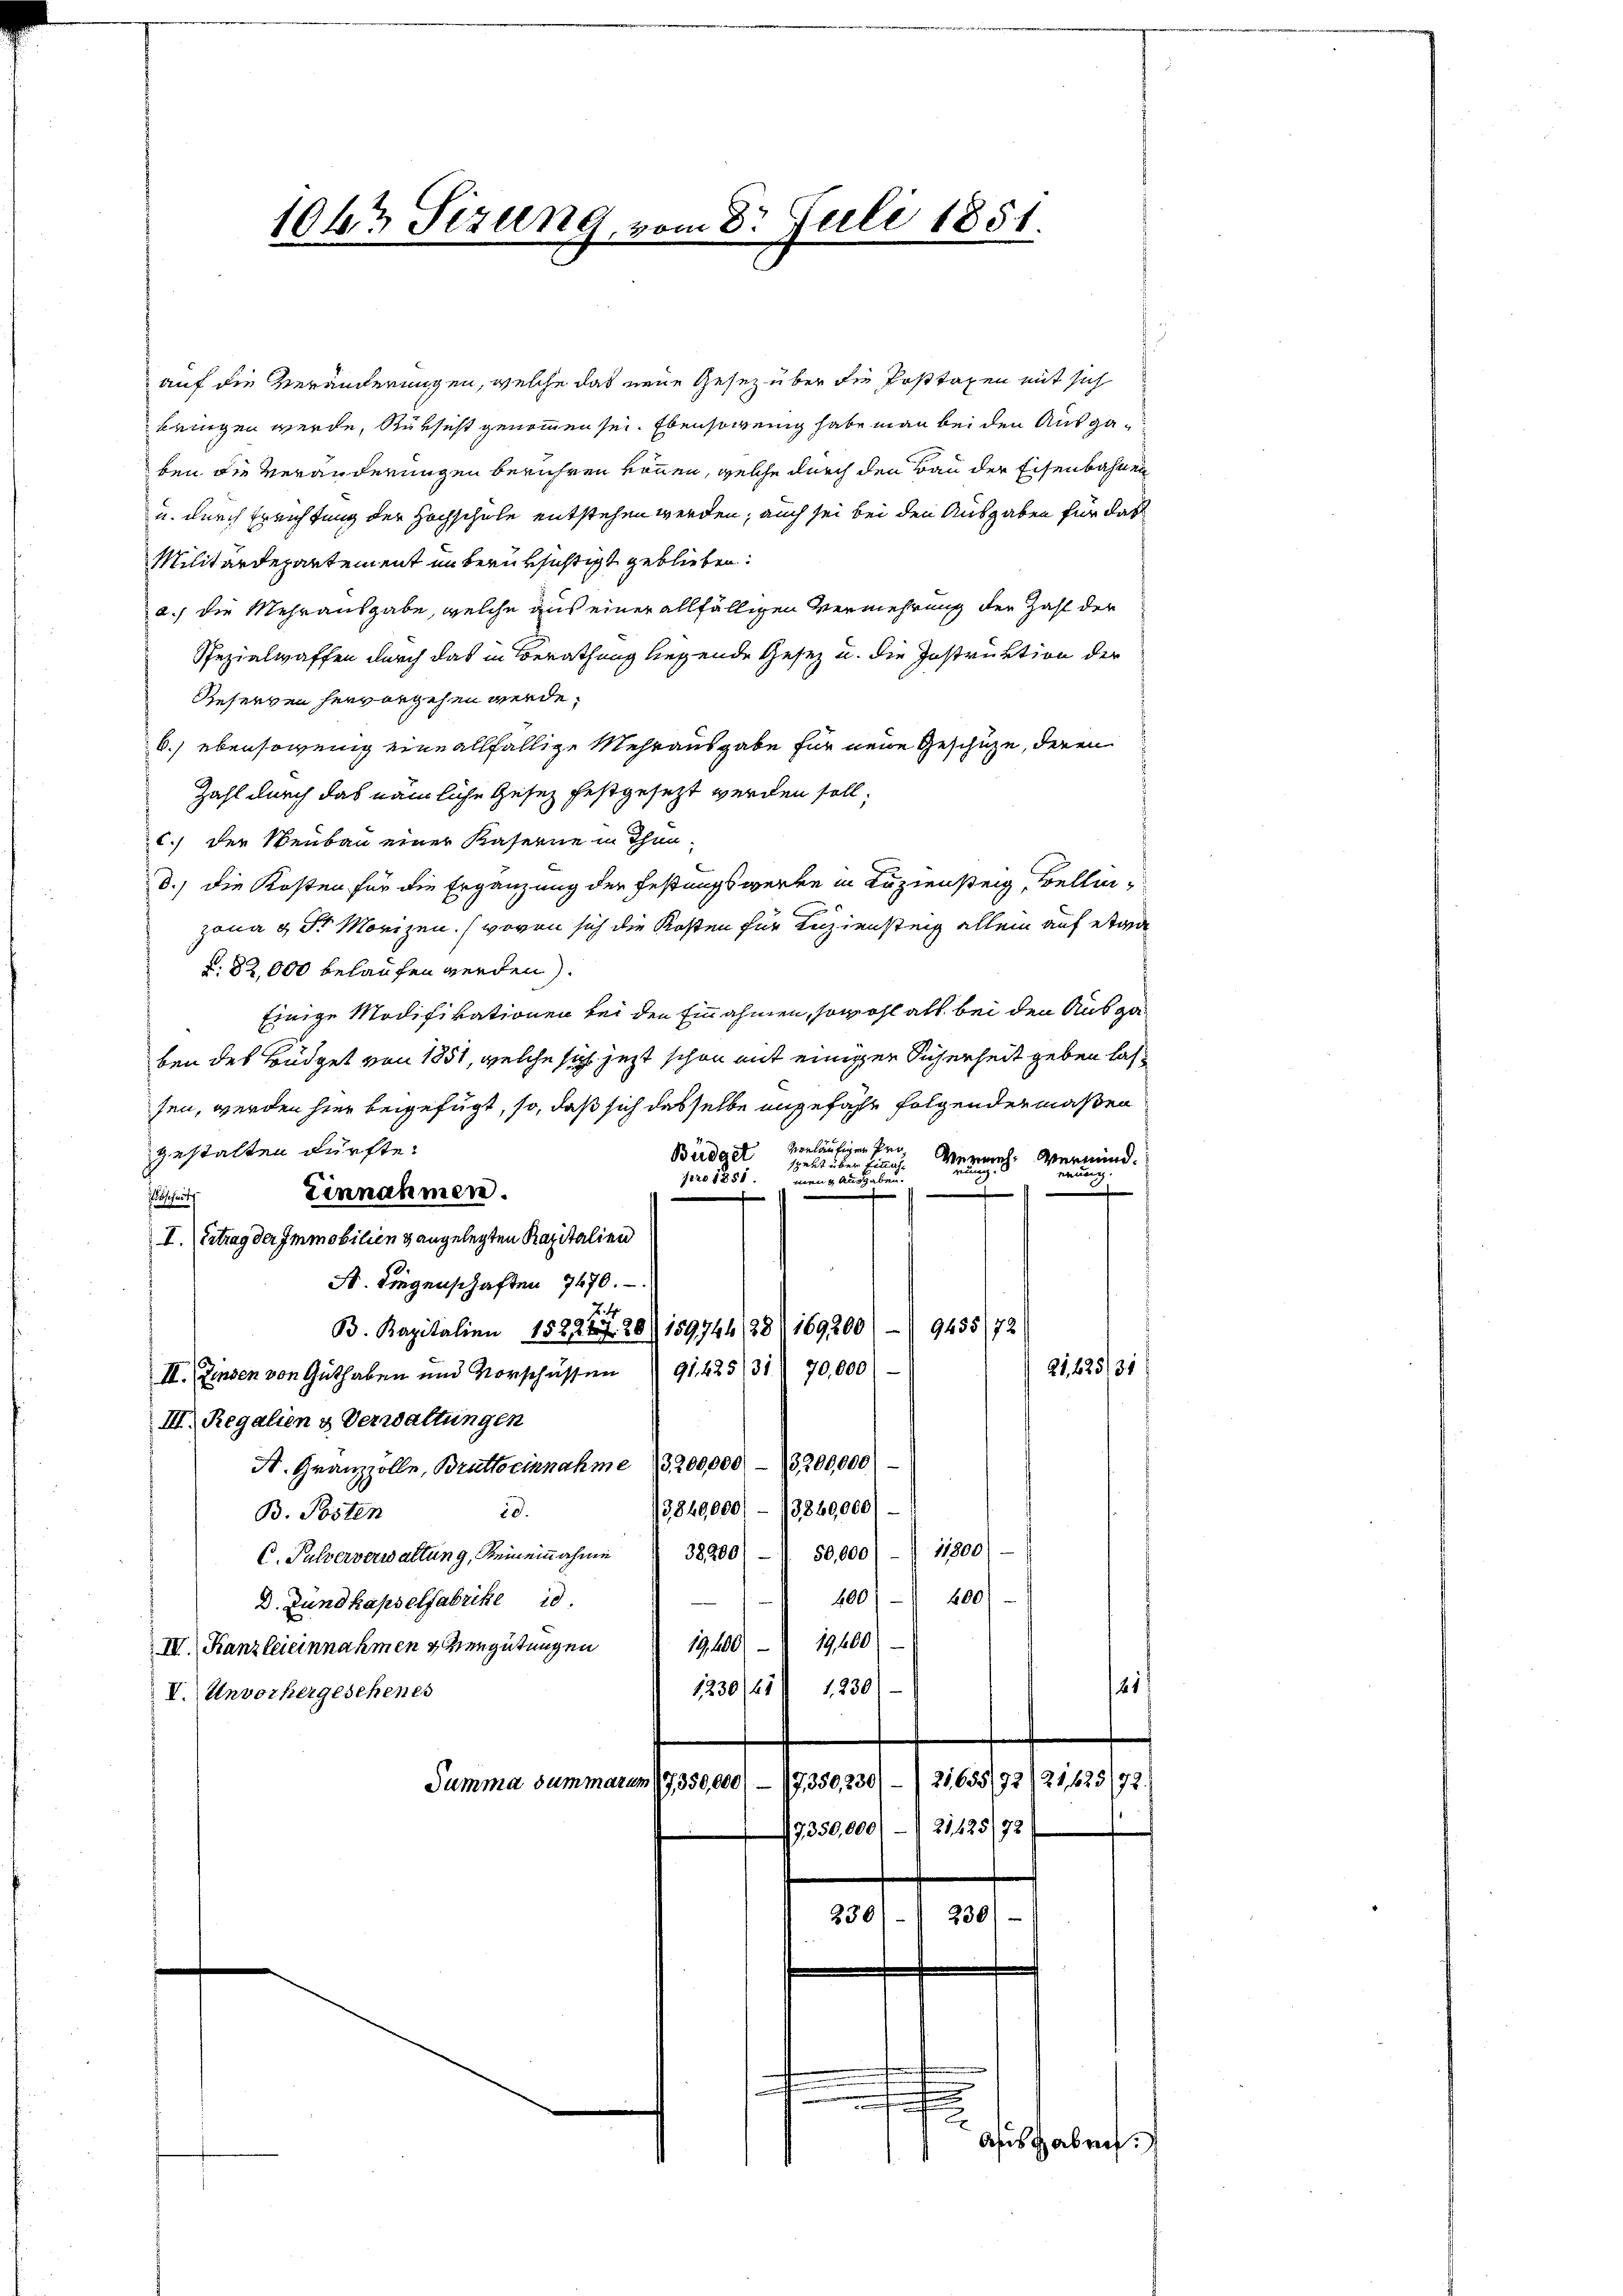
auf die Veränderungen, welche das neue Gesez über die Posttaxen mit sich
bringen werde, Rüksicht genommen sei. Ebensowenig habe man bei den Ausgaben die Veränderungen berühren können, welche durch den Bau der Eisenbahnen
u. durch Errichtung der Hochschule entstehen werden; auch sei bei den Ausgaben für das
Militärdepartement un berüksichtigt geblieben:
a.) die Mehrausgabe, welche aus einer allfälligen Vermehrung der Zahl der
Spezialwaffen durch das in Berathung liegende Gesetz u. die Instruktion der
Reserven hervorgehen werde.
6.) ebensowenig eine allfällige Mehrausgabe für neue Geschütze, deren
Zahl durch das nämliche Gesetz festgesetzt werden soll,
C.) Der Neubau einer Kaserne in Thun-
d.) die Kosten für die Ergänzung der Festungswerke in Luziensteig, Bellinzona & Dr Morizen. (wovon sich die Kosten für Luziensteig allein auf etwa
§. 82,000 belaufen werden).
Einige Modifikationen bei den Einnahmen, sowohl als bei den Ausgaben des Büdget von 1851, welche sich jezt schon mit einigen Sicherheit geben lassen, werden hier beigefügt, so, daß sich dasselbe angefähr folgendermaßen
gestalten dürfte.
vorläufigen Pro Vermeh: Vermind.
Bärdget spekt über Einnahnau
weng Ausgabe
pro 1851.
nn
e
f
Einnahmen.
schreits
I. (Ertrag der Immobilien & angelegten Kapitalien
A. Liegenschaften 7470.
24
B. Kapitalien 152227. 20. 159744 (88 (169200/9455/72
21625/31
III. Zinsen von Guthaben und Vorschüssen 91. 425/31 70,000
III. Regalien & Verwaltungen
St. Granzzolle, Brutto einnahme (3,200,000 - 3200,000.
13,840,000/ – 1860,000)
10.
B. Posten
C. Sulzerverwaltung, Keineinahme 38400. 50,000) 11300)
400) - 800
D. Fundkapselfabrike 10.
III. Kanzleieinnahmen & Vergütungen 1900 - 19100
41
1230/21 1230
V. Unvorhergesehenes
21,655/92/21,425/72.
Semme seinen Grund Januar
f
21425/73
7, 350,000
230/
230

1043 Sizung, vom 8. Juli 1851.

d

asis haben